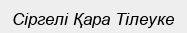
Сіргелі Қара Тілеуке